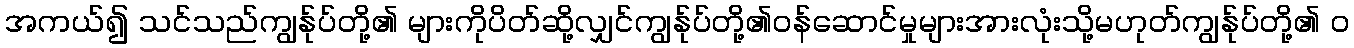
အကယ်၍ သင်သည်ကျွန်ုပ်တို့၏ များကိုပိတ်ဆို့လျှင်ကျွန်ုပ်တို့၏ဝန်ဆောင်မှုများအားလုံးသို့မဟုတ်ကျွန်ုပ်တို့၏ ၀